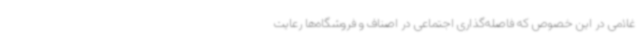
غلامی در این خصوص که فاصله‌گذاری اجتماعی در اصناف و فروشگاه‌ها رعایت